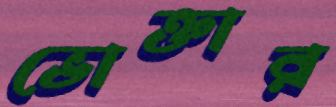
ভোক্তার